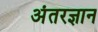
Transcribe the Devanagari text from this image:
अंतरज्ञान